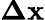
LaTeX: \boldsymbol{\Delta\mathbf{x}}